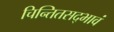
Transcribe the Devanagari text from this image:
चिन्तितसद्भावं